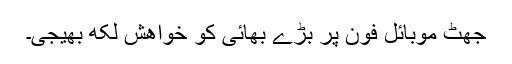
جھٹ موبائل فون پر بڑے بھائی کو خواھش لکھ بھیجی۔